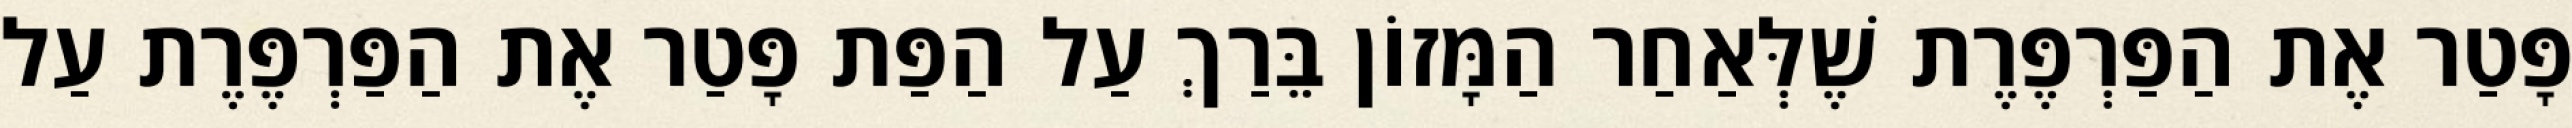
פָּטַר אֶת הַפַּרְפֶּרֶת שֶׁלְּאַחַר הַמָּזוֹן בֵּרַךְ עַל הַפַּת פָּטַר אֶת הַפַּרְפֶּרֶת עַל